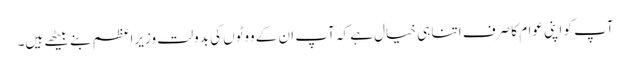
آپ کو اپنی عوام کا صرف اتنا ہی خیال ہے کہ آپ ان کے ووٹوں کی بدولت وزیرِاعظم بنے بیٹھے ہیں۔